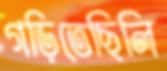
গড়িতেছিলি